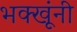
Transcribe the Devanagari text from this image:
भक्खूंनी